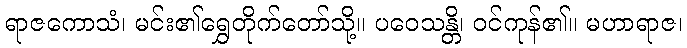
ရာဇကောသံ၊ မင်း၏ရွှေတိုက်တော်သို့။ ပဝေသန္တိ၊ ဝင်ကုန်၏။ မဟာရာဇ၊